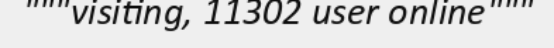
"""visiting, 11302 user online"""